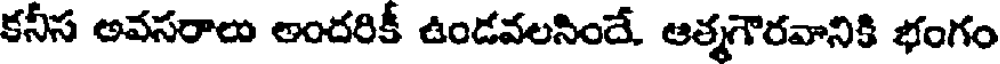
కనీస అవసరాలు అందరికీ ఉండవలసిందే. ఆత్మగౌరవానికి భంగం